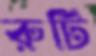
রুটি